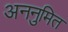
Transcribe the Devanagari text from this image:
अननुमित